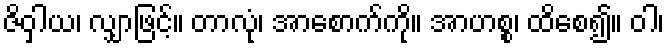
ဇိဝှါယ၊ လျှာဖြင့်။ တာလုံ၊ အာစောက်ကို။ အာဟစ္စ၊ ထိစေ၍။ ဝါ၊